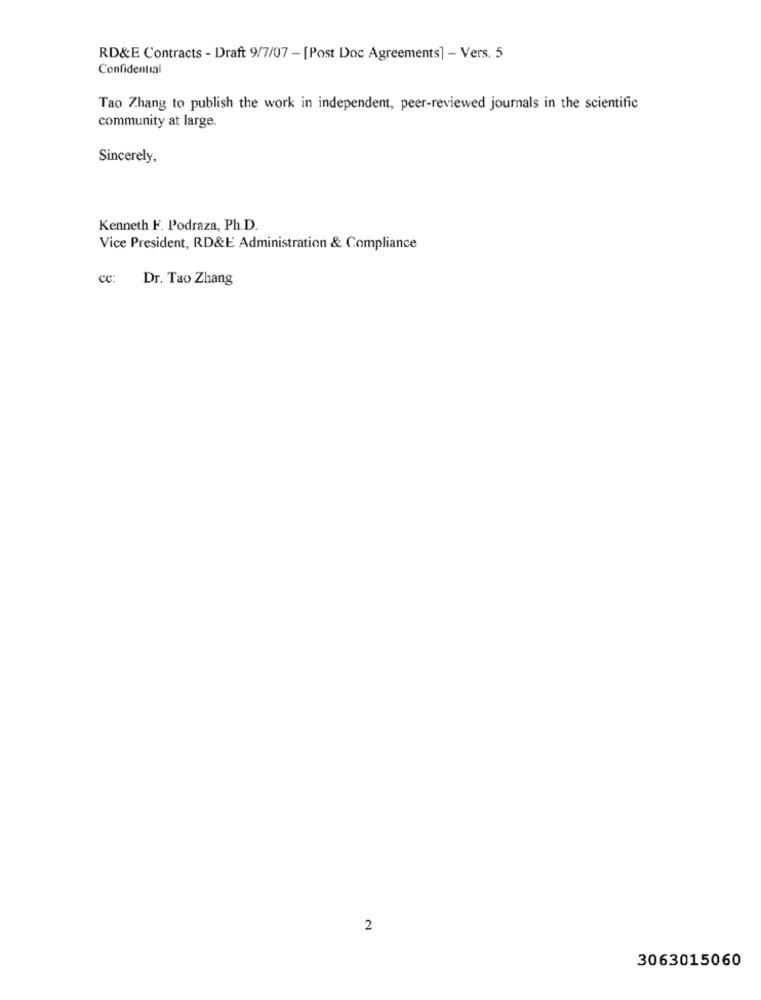
RD&E Contracts - Draft 9/7/07 - [Post Doc Agreements] - Vers. 5
Confidential
Tao Zhang to publish the work in independent, peer-reviewed journals in the scientific
community at large.
Sincerely,
Kenneth F. Podraza, Ph.D.
Vice President, RD&E Administration & Compliance
cc: Dr. Tao Zhang
2
3063015060